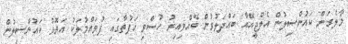
މާލެގަން ކައުންސިލުން އެލްޖީއޭއާ ބައްދަލުވުން ބޭއްވިއިރު ހުސްވި ހަފުތާގައި ފުވައްމުލަކު އަތޮޅު ކައުންސިލުން